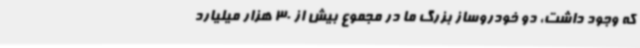
که وجود داشت، دو خودروساز بزرگ ما در مجموع بیش از 30 هزار میلیارد